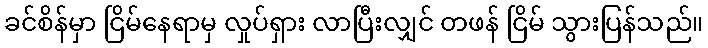
ခင်စိန်မှာ ငြိမ်နေရာမှ လှုပ်ရှား လာပြီးလျှင် တဖန် ငြိမ် သွားပြန်သည်။